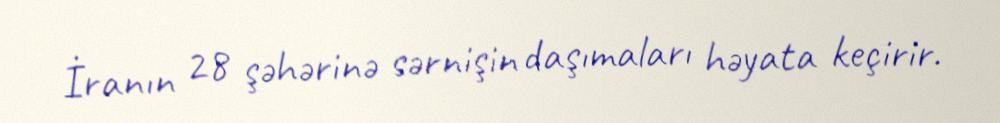
İranın 28 şəhərinə sərnişin daşımaları həyata keçirir.